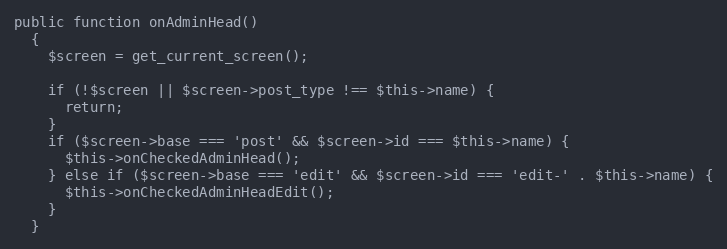
Language: PHP
public function onAdminHead()
  {
    $screen = get_current_screen();

    if (!$screen || $screen->post_type !== $this->name) {
      return;
    }
    if ($screen->base === 'post' && $screen->id === $this->name) {
      $this->onCheckedAdminHead();
    } else if ($screen->base === 'edit' && $screen->id === 'edit-' . $this->name) {
      $this->onCheckedAdminHeadEdit();
    }
  }